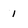
Character: 1